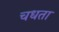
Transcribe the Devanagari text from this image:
चधता